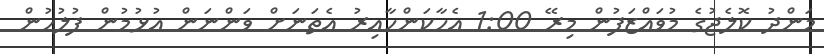
މަންދު ކޮލެޖުގެ މުވައްޒަފުން މިރޭ 1:00 އެހާކަންހާއިރު އެތަނަށް ވަންނަން އުޅުމުން ފުލުހުން